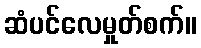
ဆံပင်လေမှုတ်စက်။